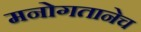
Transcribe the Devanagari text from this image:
मनोगतानेच